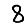
Digit: 8